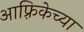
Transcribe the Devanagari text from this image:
आफ़्रिकेच्या